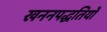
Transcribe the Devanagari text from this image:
खननपद्धतियों